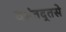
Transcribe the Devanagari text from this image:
वसंतद्तसे